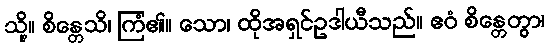
သို့။ စိန္တေသိ၊ ကြံ၏။ သော၊ ထိုအရှင်ဥဒါယီသည်။ ဧဝံ စိန္တေတွာ၊